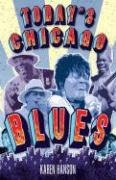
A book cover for Today's Chicago Blues; Karen Hanson; Travel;